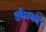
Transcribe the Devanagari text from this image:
अवैधपणे